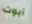
آبوت